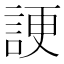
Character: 𧨒